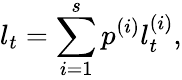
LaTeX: l_{t}=\sum_{i=1}^{s}p^{(i)}l_{t}^{(i)},